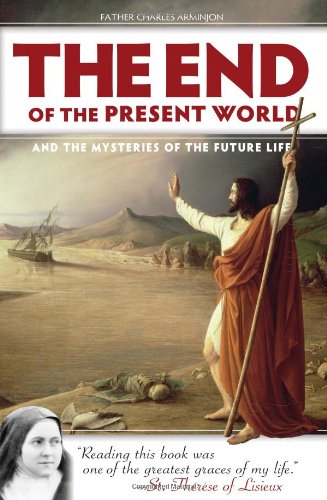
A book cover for End of the Present World and the Mysteries of the Future Life; Fr. Charles Arminjon; Christian Books & Bibles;